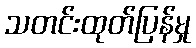
သတင်းထုတ်ပြန်မှု